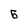
Character: 6